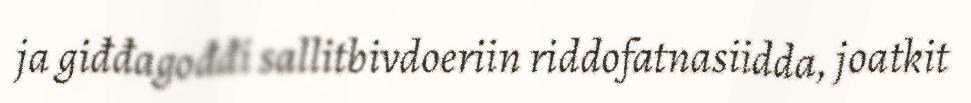
ja giđđagođđi sallitbivdoeriin riddofatnasiidda, joatkit